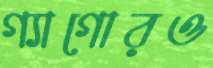
গ্যাগোরও